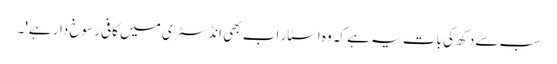
سب سے دکھ کی بات یہ ہے کہ وہ اسٹار اب بھی انڈسٹری میں کافی رسوخ دار ہے'۔